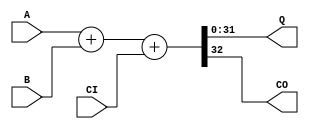
`timescale 1ns / 1ps
//////////////////////////////////////////////////////////////////////////////////
//
// Generic adder with carry-out and parametrized data width. Used in the
// Generic_Pipelined_Adder.
//
//////////////////////////////////////////////////////////////////////////////////
module Generic_Adder(
		A,
		B,
		Q,
		CI,
		CO
    );

	parameter WIDTH = 32;
	input [WIDTH-1:0] A;
	input [WIDTH-1:0] B;
	output [WIDTH-1:0] Q;
	input CI;
	output CO;
	
	// xA, xB are A, B expanded by 1 bit to handle carry.
	// xQ is the sum of xA, xB
	wire [WIDTH:0] xA;
	assign xA[WIDTH-1:0] = A;
	assign xA[WIDTH] = 0;
	wire [WIDTH:0] xB;
	assign xB[WIDTH-1:0] = B;
	assign xB[WIDTH] = 0;
	
	wire [WIDTH:0] xQ;
	assign xQ = xA + xB + CI;
	assign Q = xQ[WIDTH-1:0];
	assign CO = xQ[WIDTH];
endmodule